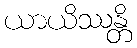
ယာယိဿန္တိ